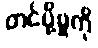
တင်ပို့မှုကို